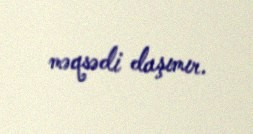
məqsədi daşımır.